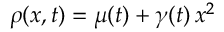
\rho ( x , t ) = \mu ( t ) + \gamma ( t ) \, x ^ { 2 }